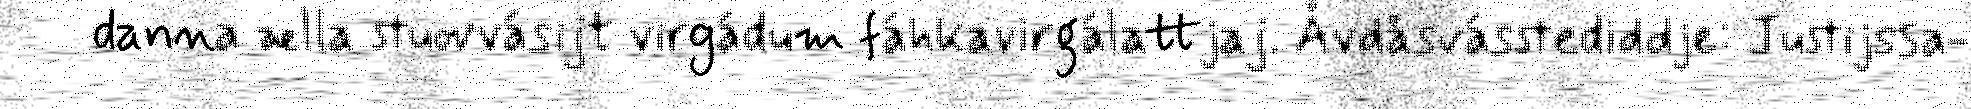
danna ælla stuovvásijt virgádum fáhkavirgálattjaj. Åvdåsvásstediddje: Justijssa-